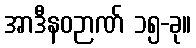
အာဒီနဝဉာဏ် ၁၅-ခု။